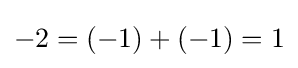
-2=(-1)+(-1)=1